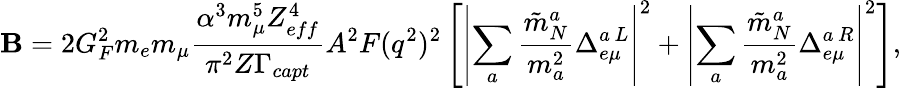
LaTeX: \mathbf{B}=2G_{F}^{2}m_{e}m_{\mu}\frac{{\alpha^{3}m_{\mu}^{5}Z_{eff}^{4}}}{{\pi^{2}Z\Gamma_{capt}}}A^{2}F(q^{2})^{2}\left[\left|\sum_{a}\frac{{\tilde{{m}}_{N}^{a}}}{{m_{a}^{2}}}\Delta_{e\mu}^{a\, L}\right|^{2}+\left|\sum_{a}\frac{{\tilde{{m}}_{N}^{a}}}{{m_{a}^{2}}}\Delta_{e\mu}^{a\, R}\right|^{2}\right],